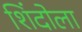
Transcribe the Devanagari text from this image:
शिंदोला